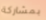
بمشاركة